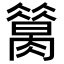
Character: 𦠪